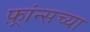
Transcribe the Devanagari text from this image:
फ़्रांन्सच्या